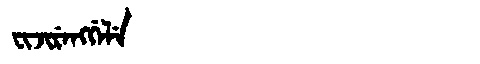
Manchu: ᠸᡳᠵᡳᡵᡝᠩᡤᡝᠯᡝ
Romanization: FIJIRENGGELE